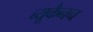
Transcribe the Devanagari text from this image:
ब्यूकैनन